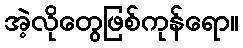
အဲ့လိုတွေဖြစ်ကုန်ရော။